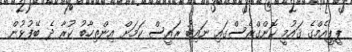
ޕީޕީއެމްގެ ޤައުމީ ކޮންގްރެސްގައި ނައިބު ރައީސް ކަަމަށް އިންތިހާބު ކުރާ ދެ ބޭފުޅުން